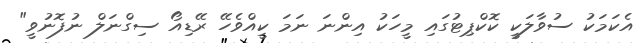
އެކަމަކު ސުވާލަކީ ކޮކްޕިޓުގައި މީހަކު އިންނަ ނަމަ ކީއްވެހޭ ރޭޑިއޯ ސިގްނަލް ނުފޮނުވީ"